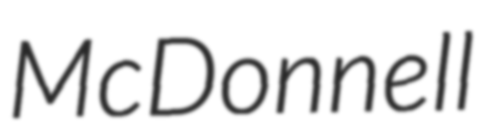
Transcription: McDonnell